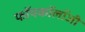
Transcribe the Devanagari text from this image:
फॉयकॉलॉजी